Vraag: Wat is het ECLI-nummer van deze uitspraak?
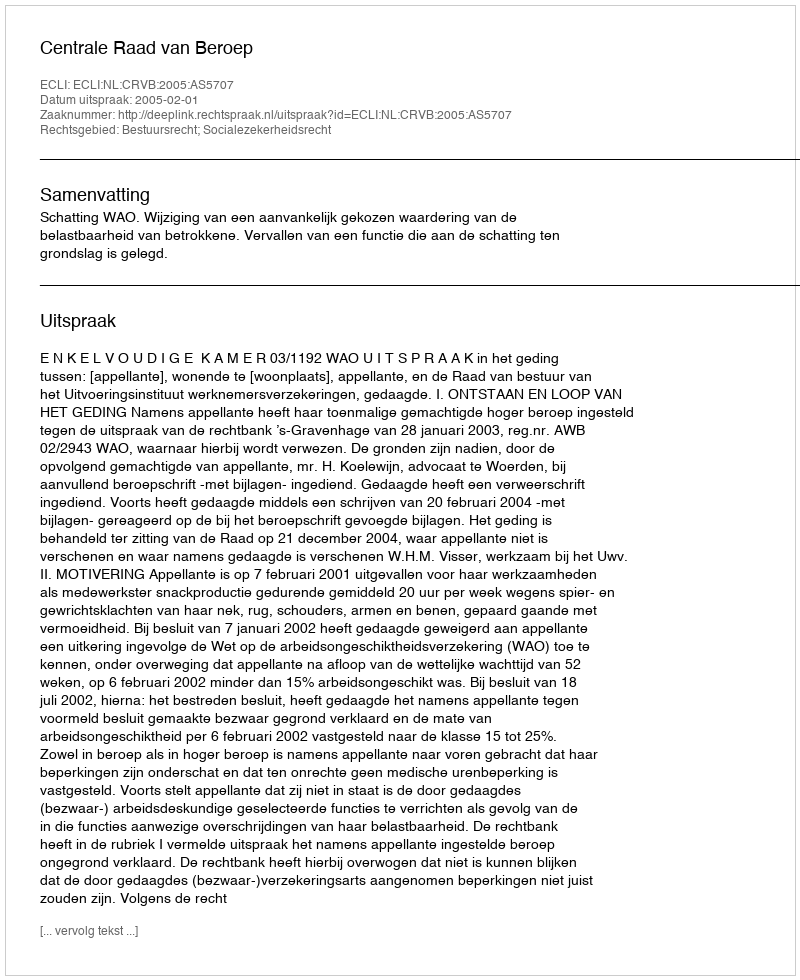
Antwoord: ECLI:NL:CRVB:2005:AS5707